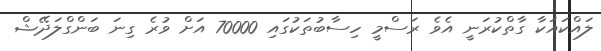
ލައްކައަކާ ގާތްކުރަނީ އެވެ ރަސްމީ ހިސާބުތަކުގައި 70000 އަށް ވުުރެ ގިނަ ބަންގްލަދޭޝް